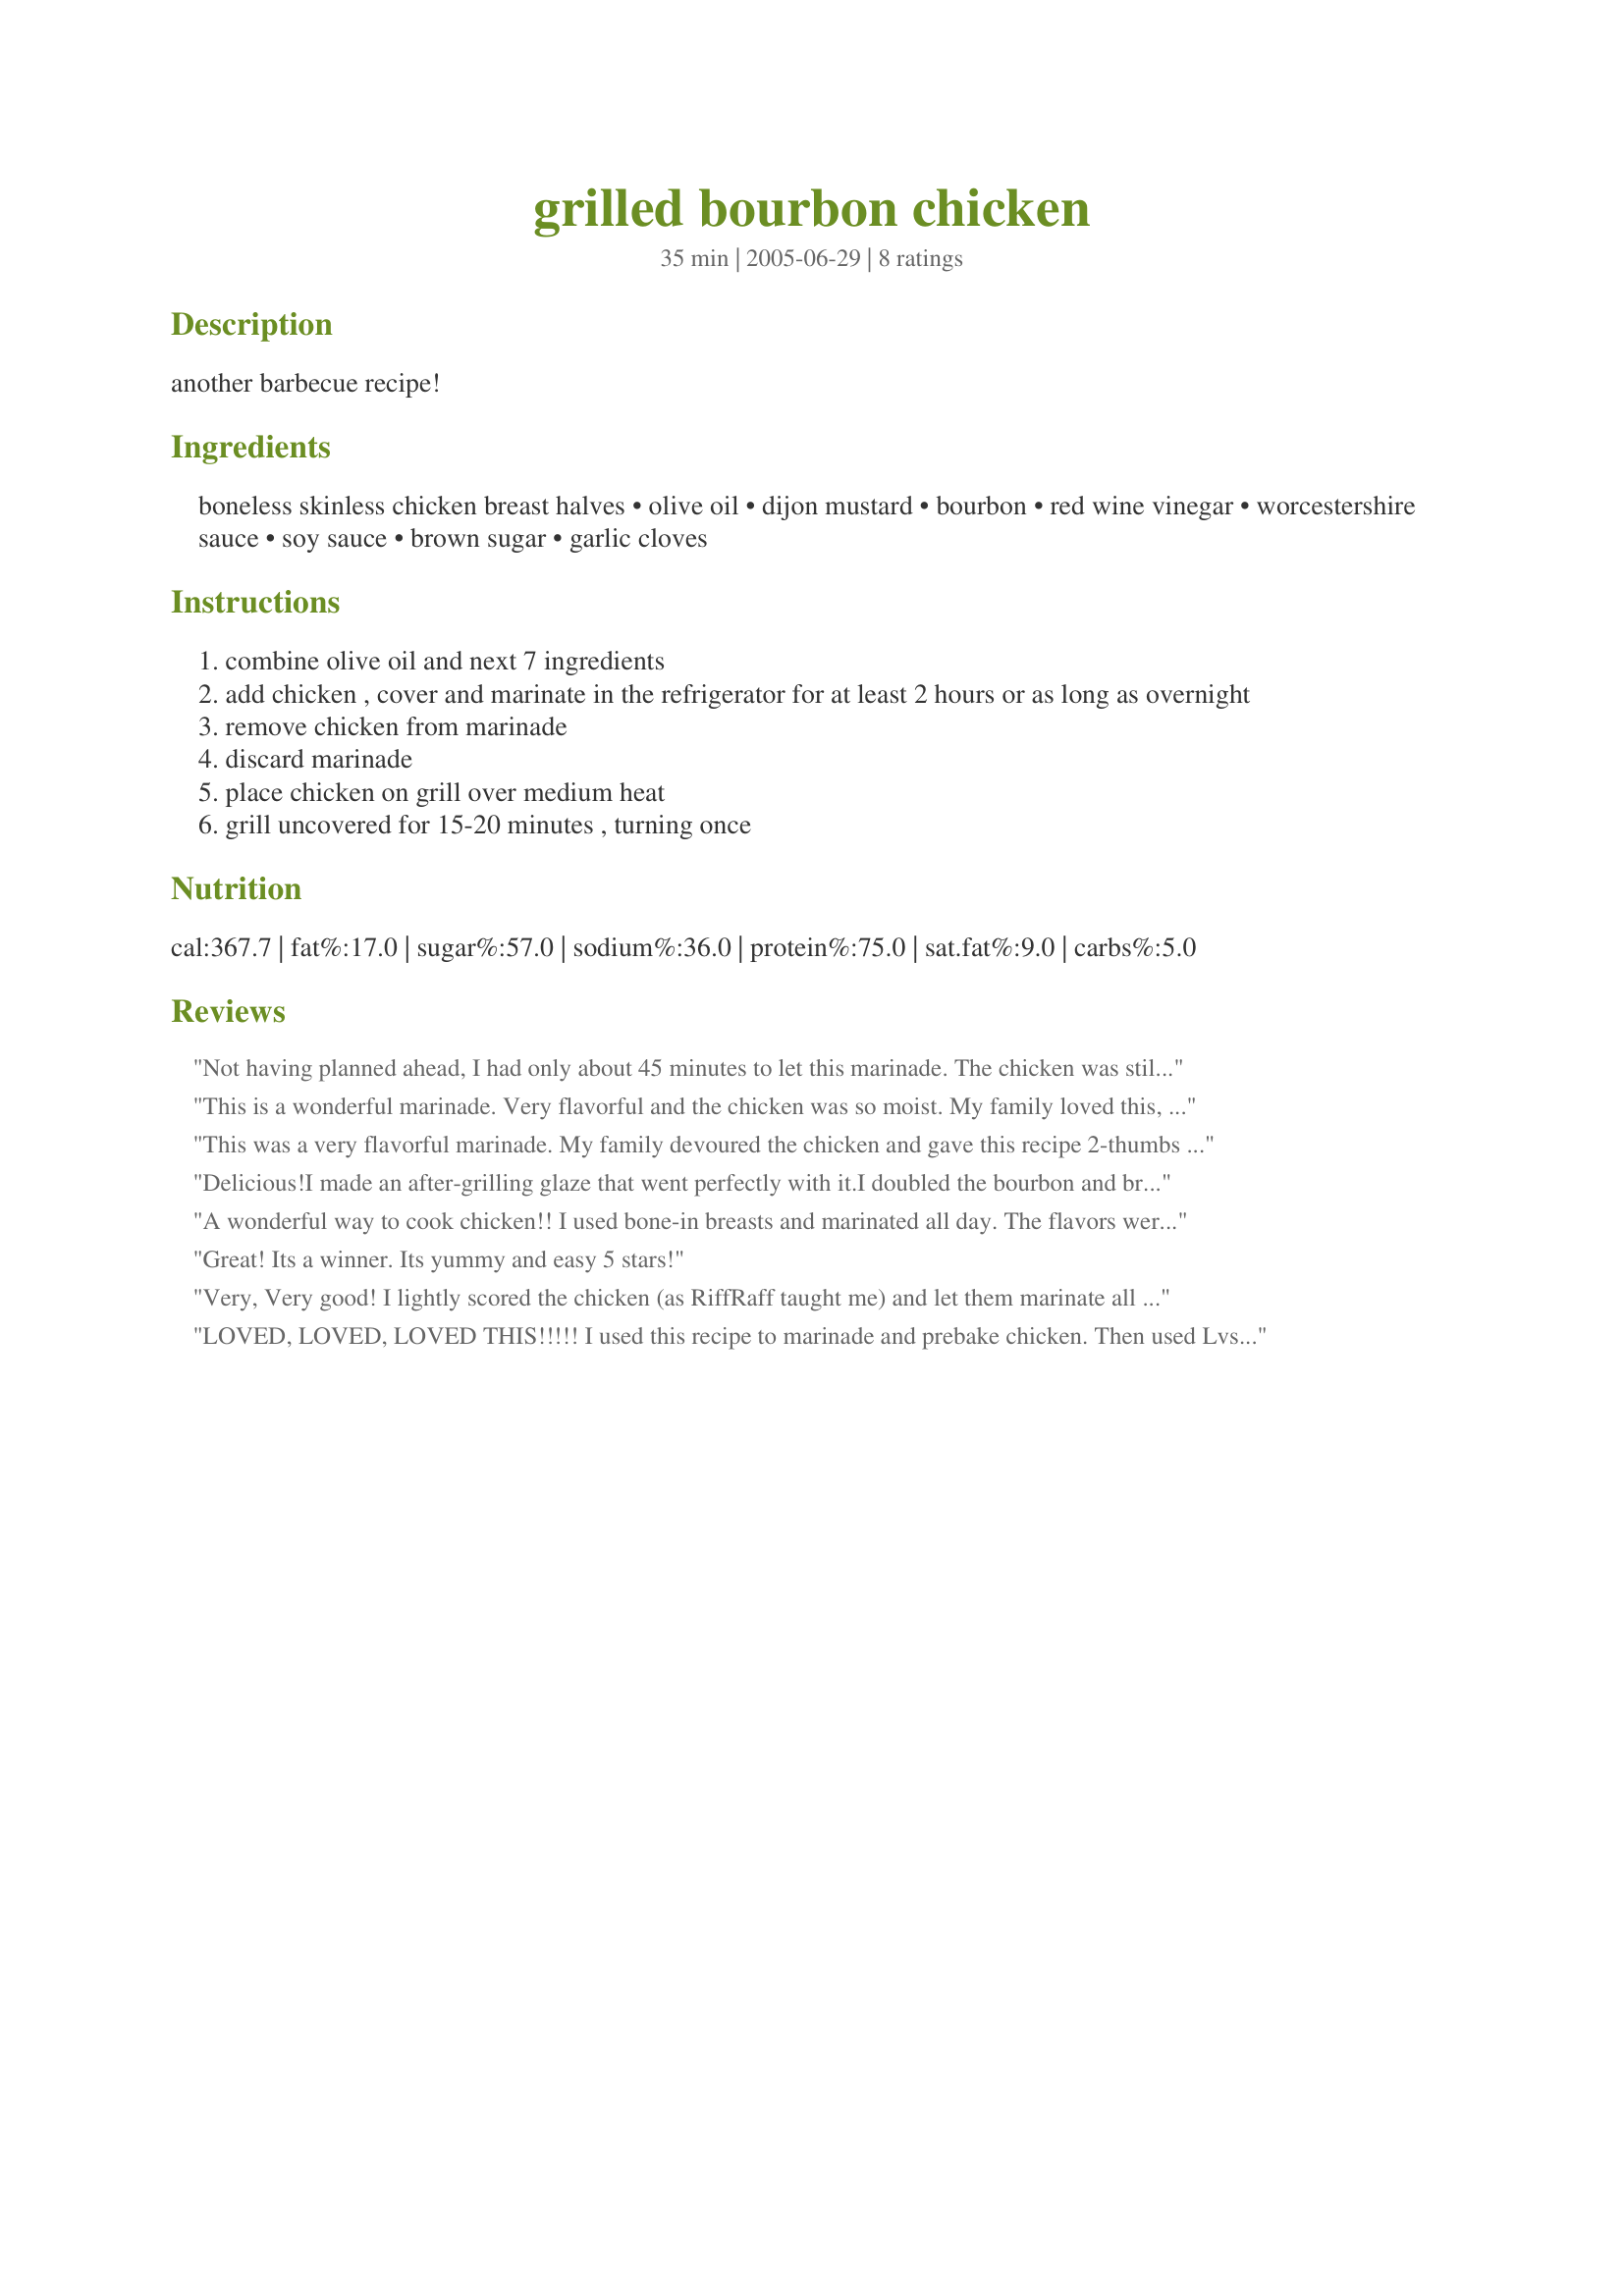
grilled bourbon chicken
Preparation time: 35 minutes

another barbecue recipe!

Ingredients:
boneless skinless chicken breast halves, olive oil, dijon mustard, bourbon, red wine vinegar, worcestershire sauce, soy sauce, brown sugar, garlic cloves

Steps:
combine olive oil and next 7 ingredients
add chicken , cover and marinate in the refrigerator for at least 2 hours or as long as overnight
remove chicken from marinade
discard marinade
place chicken on grill over medium heat
grill uncovered for 15-20 minutes , turning once

Reviews:
Not having planned ahead, I had only about 45 minutes to let this marinade. The chicken was still very good and moist. I was concerned that the bourbon flavor might be too strong, but it wasn't. Thanks for this yummy recipe.
This is a wonderful marinade. Very flavorful and the chicken was so moist. My family loved this, even my mother visiting raved about the chicken. Thank you for sharing this recipe!
This was a very flavorful marinade. My family devoured the chicken and gave this recipe 2-thumbs up!! Thank you for sharing this wonderful recipe...it is definitely a keeper.
Delicious!<br/>I made an after-grilling glaze that went perfectly with it.<br/>I doubled the bourbon and brown sugar, added some clover honey, then divided the mixture. I used just enough of the mixture to heavily coat the chicken breast tenders, and turned them every 10 minutes for about 45 minutes.<br/>I sauteed some thick sliced, fresh portabello mushrooms in butter to about half well done, then added the rest of the mixture along with about about 1/3 cup of water plus some corn starch to thicken.<br/>When the grilled chicken was done, I poured the bourbon-mushroom glaze over the top prior to serving. <br/>This was so awesome!!!!<br/>The reason I doubled the bourbon, sugar, and added honey was because the original mixture was too salty. The results were not an overpowering, but smooth and flavorful.
A wonderful way to cook chicken!! I used bone-in breasts and marinated all day. The flavors were subtle yet very tasty! I am not a bourbon drinker and still found this dish 100% DELICIOUS! Thanks for sharing Luvs2cook.
Great! Its a winner. Its yummy and easy 5 stars!
Very, Very good! I lightly scored the chicken (as RiffRaff taught me) and let them marinate all day, then grilled them up outside. They were great with rice and a peapod/mushroom stir-fry. I'll definitely make these again. Thanks for posting!
LOVED, LOVED, LOVED THIS!!!!! I used this recipe to marinade and prebake chicken. Then used Lvs2cook Grilled Bourbon Chicken #2 recipe to put the prebaked chicken on the grill. Both were absolutely amazing recipes. Thank you!!!!!

Roxie, Mission Viejo, CA
Rmsorchid@cox.net
